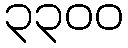
၃၃၀၀